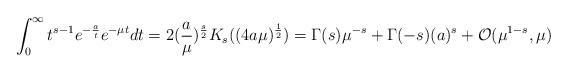
LaTeX: \begin{align*}\int_0^{\infty} t^{s-1} e^{-{a\over t}} e^{-\mu t} dt= 2({a\over{\mu}})^{s\over 2} K_s((4a\mu )^{1\over 2})= \Gamma (s) \mu^{-s} + \Gamma(-s) ({a})^{s} + {\cal O} (\mu^{1-s},\mu)\end{align*}